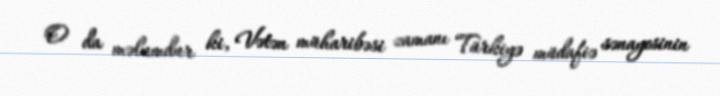
O da məlumdur ki, Vətən müharibəsi zamanı Türkiyə müdafiə sənayesinin